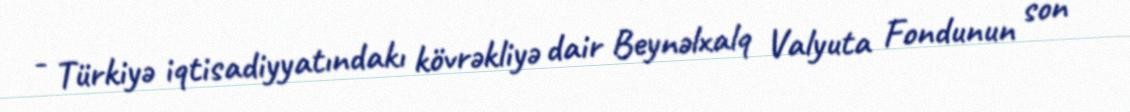
- Türkiyə iqtisadiyyatındakı kövrəkliyə dair Beynəlxalq Valyuta Fondunun son